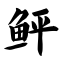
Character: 鲆